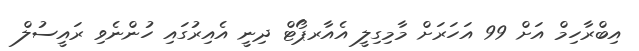
އިބްރާހިމް އަށް 99 އަހަރަށް މާމިގިލީ އެއާރޕޯޓް ދިނީ އެއިރުގައި ހުންނެވި ރައީސުލް